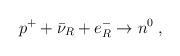
LaTeX: \begin{align*}p^+ + \bar\nu_R + e^-_R \to n^0 \; , \end{align*}